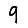
Digit: 9